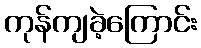
ကုန်ကျခဲ့ကြောင်း